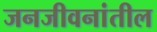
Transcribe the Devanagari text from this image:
जनजीवनांतील